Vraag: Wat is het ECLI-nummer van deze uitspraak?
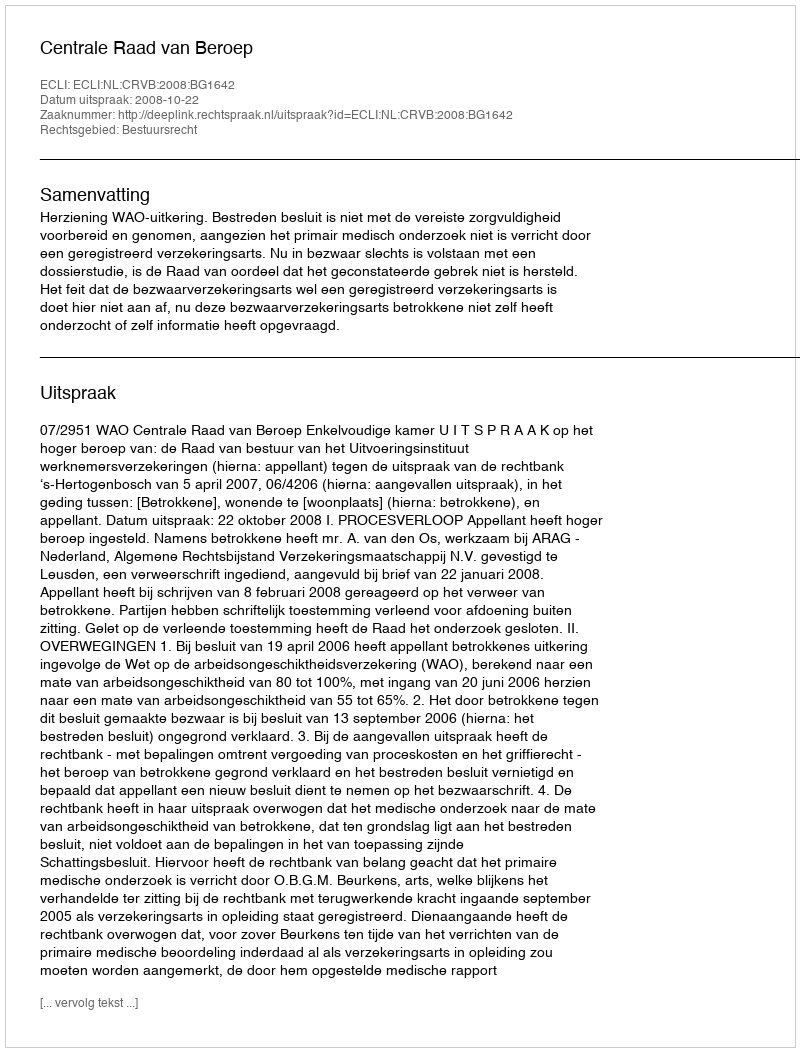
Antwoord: ECLI:NL:CRVB:2008:BG1642